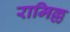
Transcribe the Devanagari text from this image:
रामिल्ल